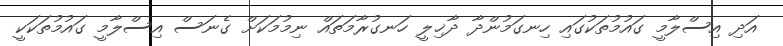
އަދި އިސްލާމީ ގައުމުތަކުގައި ހިނގަމުންދާ ދާޚިލީ ހަނގުރާމަތައް ނިމުމަކަށް ގެނަސް އިސްލާމީ ގައުމުތަކަކީ